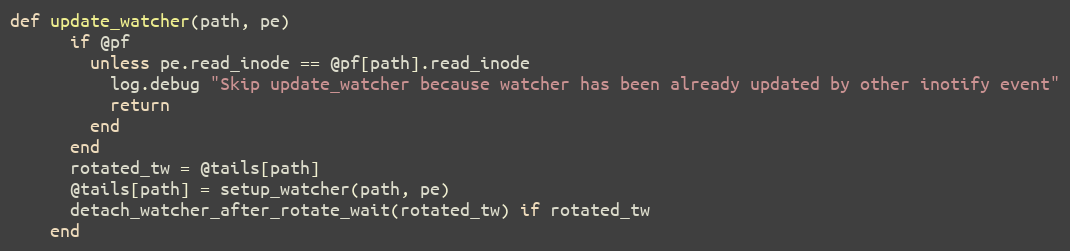
Language: Ruby
def update_watcher(path, pe)
      if @pf
        unless pe.read_inode == @pf[path].read_inode
          log.debug "Skip update_watcher because watcher has been already updated by other inotify event"
          return
        end
      end
      rotated_tw = @tails[path]
      @tails[path] = setup_watcher(path, pe)
      detach_watcher_after_rotate_wait(rotated_tw) if rotated_tw
    end